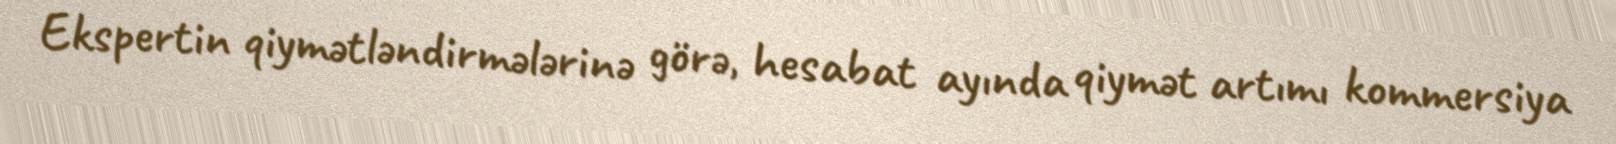
Ekspertin qiymətləndirmələrinə görə, hesabat ayında qiymət artımı kommersiya